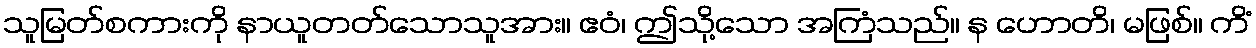
သူမြတ်စကားကို နာယူတတ်သောသူအား။ ဧဝံ၊ ဤသို့သော အကြံသည်။ န ဟောတိ၊ မဖြစ်။ ကိံ